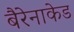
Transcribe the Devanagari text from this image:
बैरेनाकेड